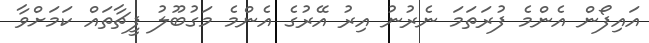
އައިފޯން އެންމެ ފުރަތަމަ ނެރުނު އިރު އޭރުގެ އެންމެ މަގުބޫލު ފީޗާތައް ކަމަށްވާ